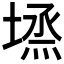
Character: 𡏈